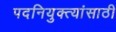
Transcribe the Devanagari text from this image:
पदनियुक्त्यांसाठी